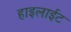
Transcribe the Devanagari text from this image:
हाइलाईट